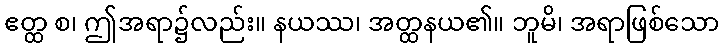
ဧတ္ထ စ၊ ဤအရာ၌လည်း။ နယဿ၊ အတ္ထနယ၏။ ဘူမိ၊ အရာဖြစ်သော